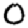
Digit: 0